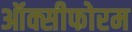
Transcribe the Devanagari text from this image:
ऑक्सीफोरम